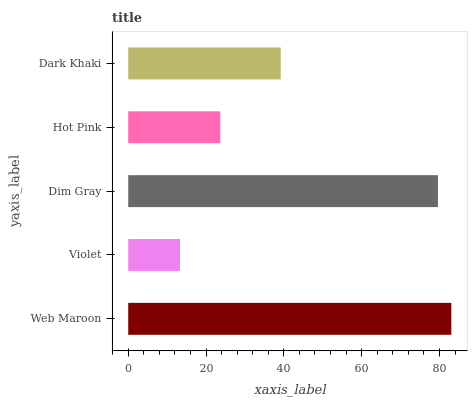
| yaxis_label | bars |
 | --- | --- |
 | Web Maroon | 83 |
 | Violet | 13.3 |
 | Dim Gray | 79.6 |
 | Hot Pink | 23.7 |
 | Dark Khaki | 39.2 |